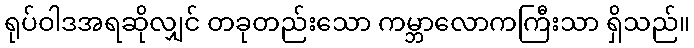
ရုပ်ဝါဒအရဆိုလျှင် တခုတည်းသော ကမ္ဘာလောကကြီးသာ ရှိသည်။